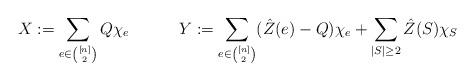
LaTeX: \begin{align*}X:=\sum_{e\in {[n]\choose 2}} Q \chi_e&&Y:=\sum_{e\in {[n]\choose 2}} (\hat Z(e)-Q)\chi_e+\sum_{|S|\ge 2} \hat Z(S) \chi_S\end{align*}